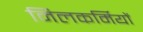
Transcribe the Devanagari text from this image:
मिलकर्मियों